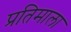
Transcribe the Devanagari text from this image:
प्रतिमाला